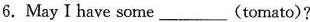
6.May I have some ___(tomato)?